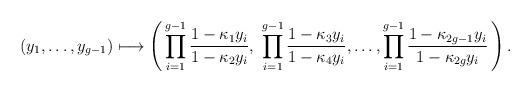
LaTeX: \begin{align*}(y_1, \dots, y_{g-1}) \longmapsto \left( \,\prod_{i=1}^{g-1} \frac{1-\kappa_1y_i}{1-\kappa_2y_i}, \,\,\prod_{i=1}^{g-1} \frac{1-\kappa_3y_i}{1-\kappa_4y_i} ,\dots, \prod_{i=1}^{g-1} \frac{1-\kappa_{2g-1}y_i}{1-\kappa_{2g}y_i}\,\right).\end{align*}